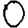
Digit: 0